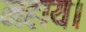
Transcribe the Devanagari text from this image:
नहाय।